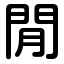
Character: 閒